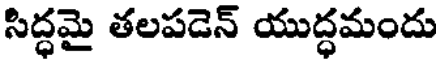
సిద్ధమై తలపడెన్ యుద్ధమందు